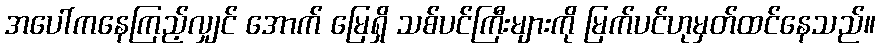
အပေါ်ကနေကြည့်လျှင် အောက် မြေရှိ သစ်ပင်ကြီးများကို မြက်ပင်ဟုမှတ်ထင်နေသည်။